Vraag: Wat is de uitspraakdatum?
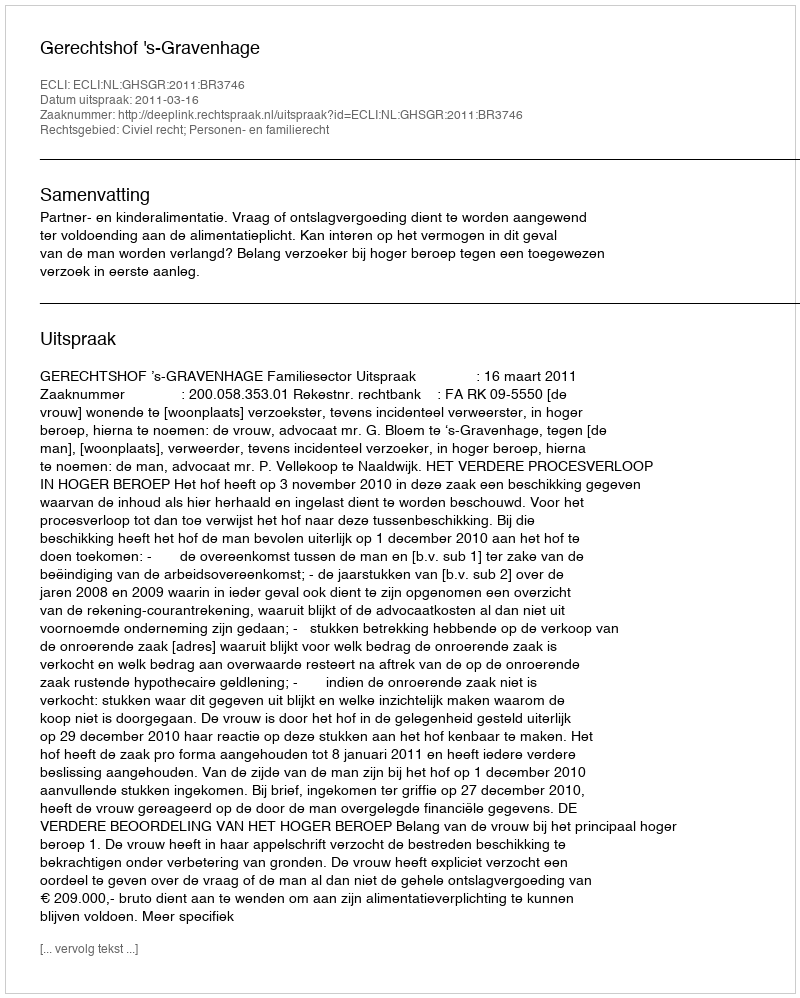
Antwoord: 2011-03-16